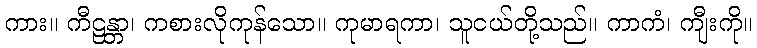
ကား။ ကီဠန္တာ၊ ကစားလိုကုန်သော။ ကုမာရကာ၊ သူငယ်တို့သည်။ ကာကံ၊ ကျီးကို။